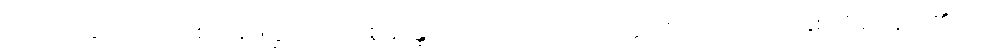
လေးလတွင်းဝယ် တစ်သိန်းကြွယ်သော စူဠပန္ထကထေရ်အလောင်းဝတ္ထု။ ဇာတက၌ကား နှစ်သိန်းကြွယ်၏ဟု